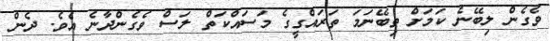
ވެގެން ލިބޭނެ ކަމަށް ތިބޭނަމަ ތަރައްގީގެ މަސައްކަތް ލަސް ވެގެންދާނެ އެވެ. ދެން